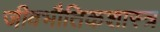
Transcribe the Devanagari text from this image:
जीवभौतिकशास्त्र